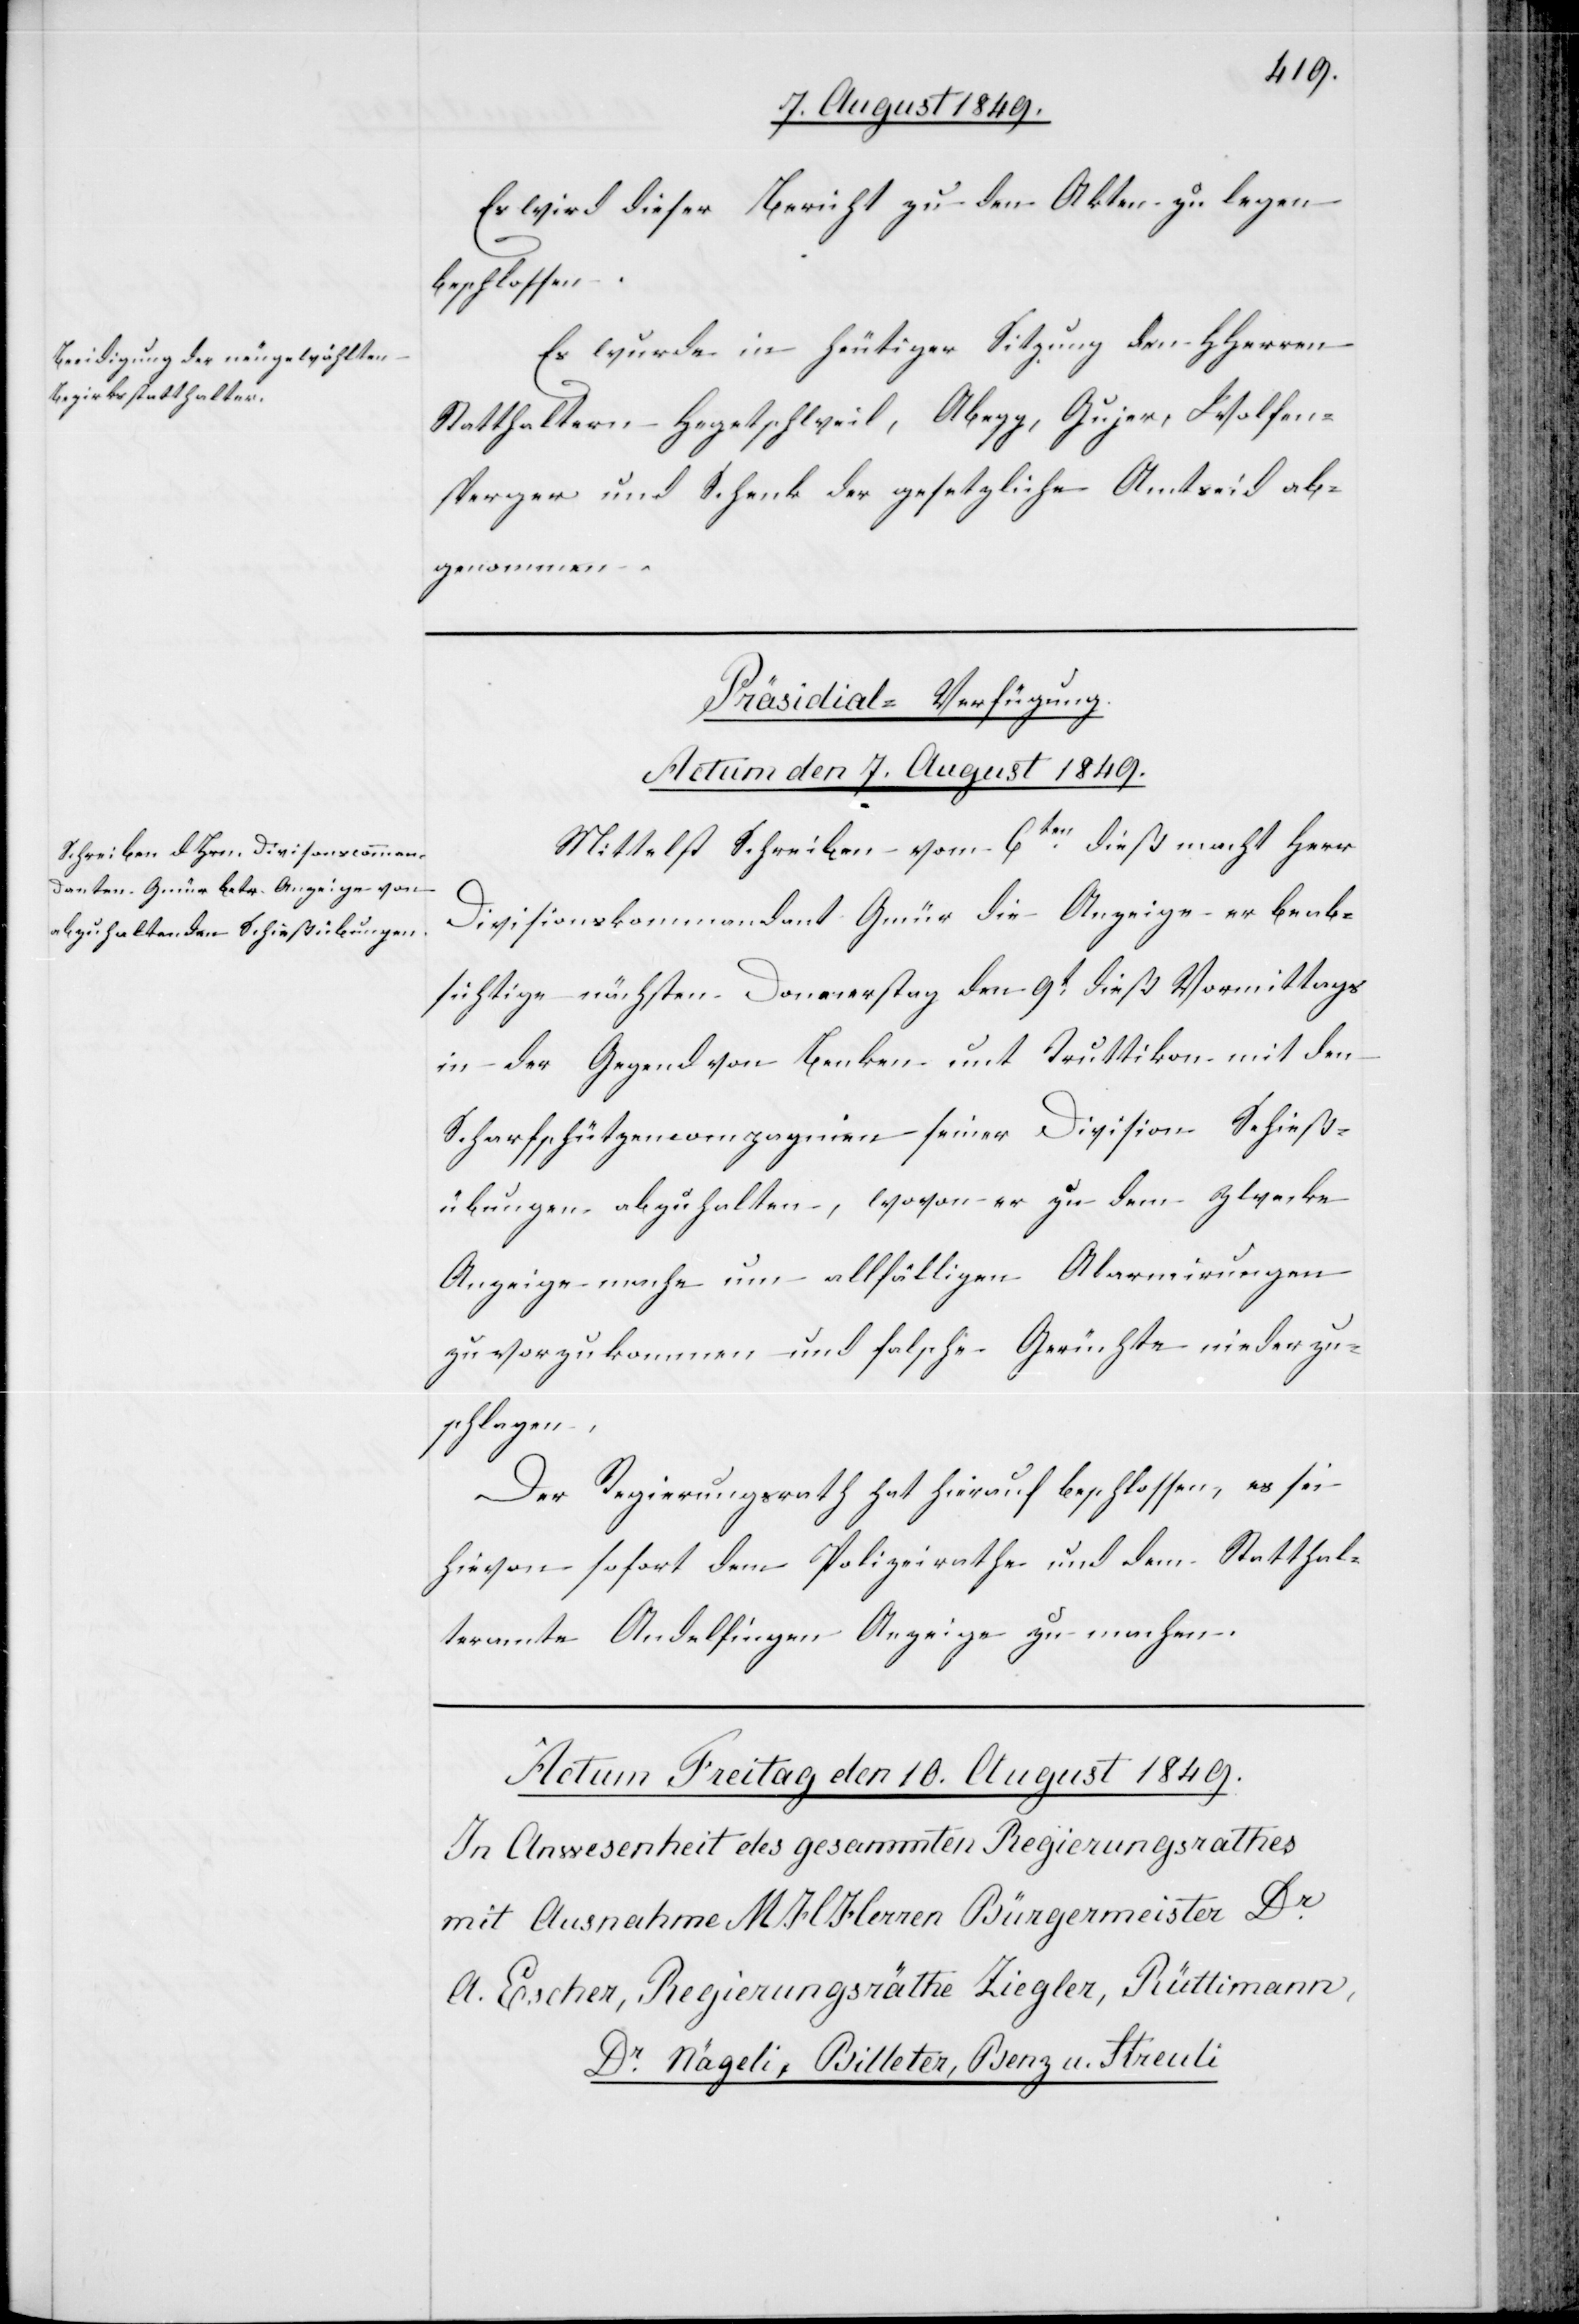
Es wird dieser Bericht zu den Akten zu legen
beschlossen.
Es wurden in heutiger Sitzung den HHerren
Statthaltern Hegetschweiler, Abegg, Gujer, Wolfen¬
sperger und Schenk der gesetzliche Amtseid ab¬
genommen.
Präsidial-Verfügung.
Actum den 7. August 1849.
Mittelst Schreiben vom 6ten dieß macht Herr
Divisionskommandant Gmür die Anzeige er beab¬
sichtige nächsten Donnerstag den 9t dieß Vormittags
in der Gegend von Benken und Truttikon mit den
Scharfschützencompagnien seiner Division Schieß¬
übungen abzuhalten, wovon er zu dem Zwecke
Anzeige mache um allfälligen Alarmirungen
zuvorzukommen und falsche Gerüchte niederzu¬
schlagen.
Der Regierungsrath hat hierauf beschlossen, es sei
hievon sofort dem Polizeirathe und dem Statthal¬
teramte Andelfingen Anzeige zu machen.